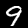
Label: 9